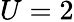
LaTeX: U=2